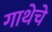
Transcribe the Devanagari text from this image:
गाथेचे